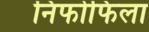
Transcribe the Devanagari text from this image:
निफोफिला